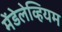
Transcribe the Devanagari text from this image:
मेंडेलेव्हियम